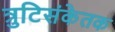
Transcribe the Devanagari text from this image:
त्रुटिसंकेतक